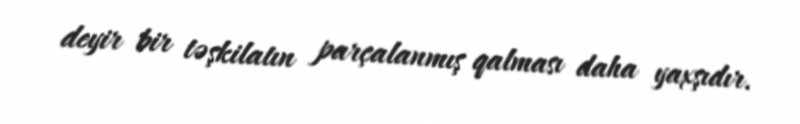
deyir bir təşkilatın parçalanmış qalması daha yaxşıdır.